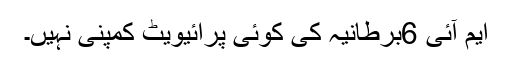
ایم آئی 6برطانیہ کی کوئی پرائیویٹ کمپنی نہیں۔